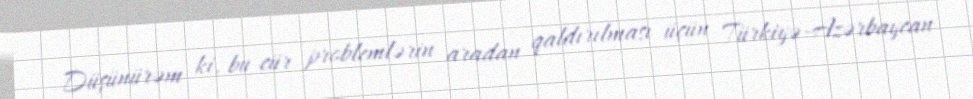
Düşünürəm ki, bu cür problemlərin aradan qaldırılması üçün Türkiyə-Azərbaycan